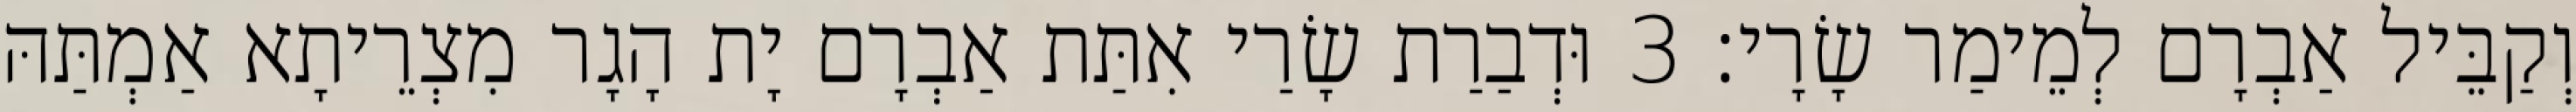
וְקַבֵּיל אַבְרָם לְמֵימַר שָׂרָי׃ 3 וּדְבַרַת שָׂרַי אִתַּת אַבְרָם יָת הָגָר מִצְרֵיתָא אַמְתַּהּ